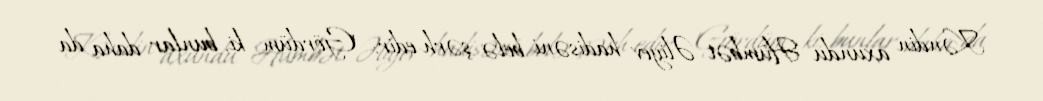
Kəndin axundu Hümbət Əliyev hadisəni belə şərh edir: "Gördüm ki, bunlar daha da